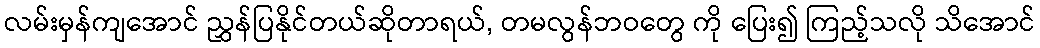
လမ်းမှန်ကျအောင် ညွှန်ပြနိုင်တယ်ဆိုတာရယ်, တမလွန်ဘဝတွေ ကို ပြေး၍ ကြည့်သလို သိအောင်